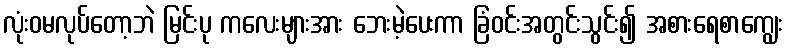
လုံးဝမလုပ်တော့ဘဲ မြင်းပု ကလေးများအား ဘေးမဲ့ပေးကာ ခြံဝင်းအတွင်းသွင်း၍ အစားရေစာကျွေး